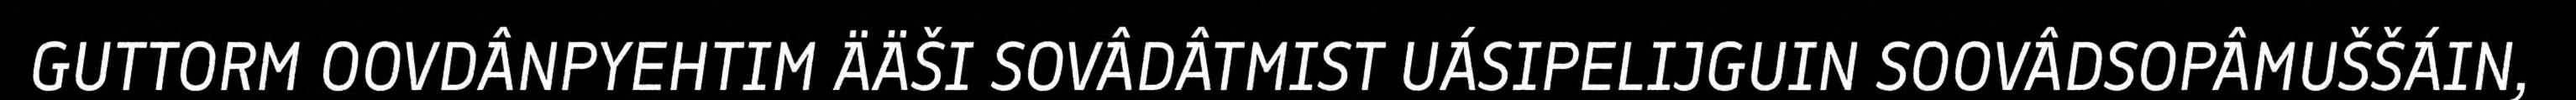
GUTTORM OOVDÂNPYEHTIM ÄÄŠI SOVÂDÂTMIST UÁSIPELIJGUIN SOOVÂDSOPÂMUŠŠÁIN,